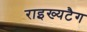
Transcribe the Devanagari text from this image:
राइख्यटैग